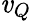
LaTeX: \mathit{v}_{Q}